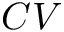
C V